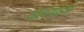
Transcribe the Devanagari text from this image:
येन्देगाइआ